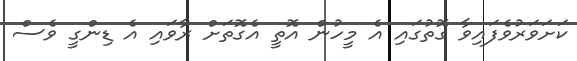
ކަށަވަރުވެފައިވާ ގޮތުގައި އެ މީހުން އޮތީ އެގޮތަށް ރާވައި އެ ޑިންގީ ވެސް